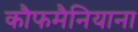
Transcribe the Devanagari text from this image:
कौफमैनियाना